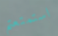
استمتعتم